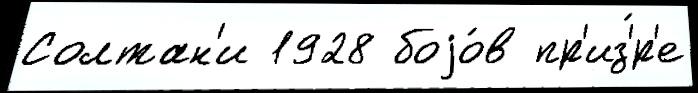
Солтан'и 1928 боjо́в пр'из'́р'е